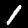
Label: 1